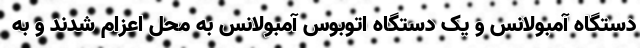
دستگاه آمبولانس و یک دستگاه اتوبوس آمبولانس به محل اعزام شدند و به